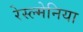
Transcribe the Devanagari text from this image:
रेस्ल्मेनिया